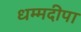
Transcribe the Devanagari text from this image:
धम्मदीपा